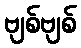
ဗျစ်ဗျစ်